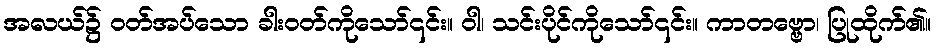
အလယ်၌ ဝတ်အပ်သော ခါးဝတ်ကိုသော်၎င်း။ ဝါ၊ သင်းပိုင်ကိုသော်၎င်း။ ကာတဗ္ဗော၊ ပြုထိုက်၏။